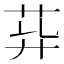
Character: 𦮁